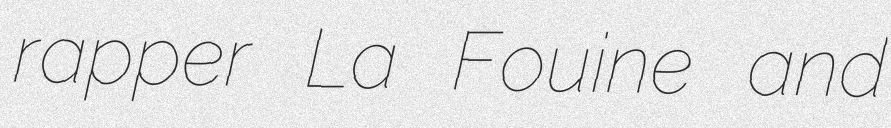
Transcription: rapper La Fouine and